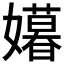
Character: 𫲍